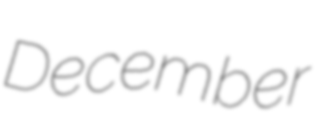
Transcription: December